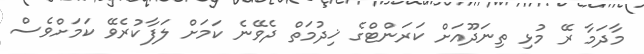
މާދަމާ ރޭ މުޅި ތިނަދޫއަށް ކަރަންޓްގެ ޚިދުމަތް ދެވޭނެ ކަމަށް ލަފާކުރެވޭ ކަމަށްވެސް